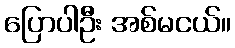
ပြောပါဦး အစ်မငယ်။